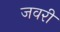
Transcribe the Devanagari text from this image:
जवरी